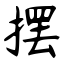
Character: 摆